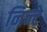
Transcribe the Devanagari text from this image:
निन्टे